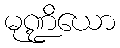
မုဏ္ဍိယော